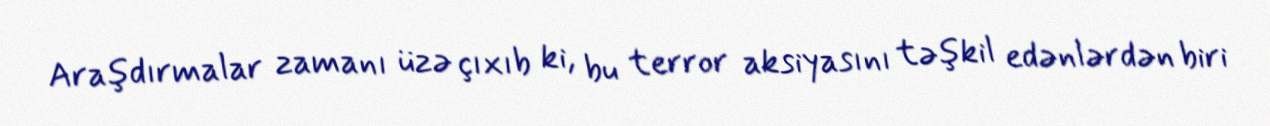
Araşdırmalar zamanı üzə çıxıb ki, bu terror aksiyasını təşkil edənlərdən biri